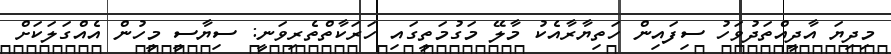
މިދިޔަ އާދީއްތަދުވަހު ސިފައިން ހަތިޔާރާއެކު މާލޭ މަގުމަތީގައި ހަރަކާތްތެރިވަނީ: ސިޔާސީ މީހުން އެއްގަލަކަށް